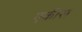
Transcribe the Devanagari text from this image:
एकीस